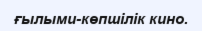
ғылыми-көпшілік кино.